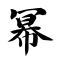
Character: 幂